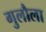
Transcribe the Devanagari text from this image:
गुलौला